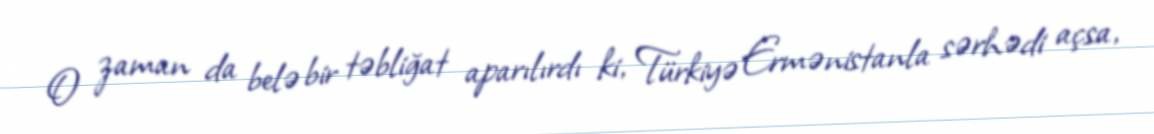
O zaman da belə bir təbliğat aparılırdı ki, Türkiyə Ermənistanla sərhədi açsa,